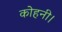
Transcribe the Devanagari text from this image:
कोहनी।